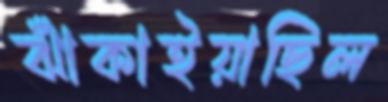
ঝাঁকাইয়াছিল